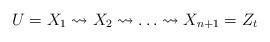
LaTeX: \begin{align*}U = X_1 \leadsto X_2 \leadsto \ldots \leadsto X_{n +1} = Z_{t}\end{align*}